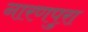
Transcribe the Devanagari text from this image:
नारणपुरा